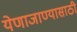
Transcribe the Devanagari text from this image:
येणाजाण्यासाठी